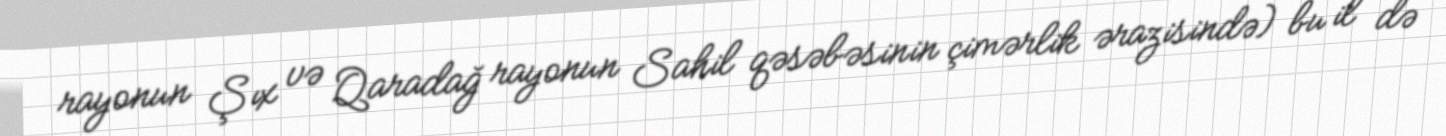
rayonun Şıx və Qaradağ rayonun Sahil qəsəbəsinin çimərlik ərazisində) bu il də